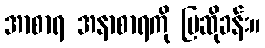
အာစာရ အနာစာရကို ပြဆိုခန်း။